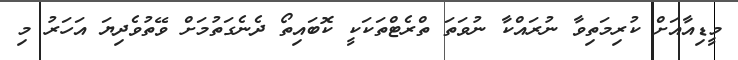
މީޑިއާއަށް ކުރިމަތިވާ ނުރައްކާ ނުވަތަ ތްރެޓްތަކަކީ ކޮބައިތޯ ދެނެގަތުމަށް ވޭތުވެދިޔަ އަހަރު މި